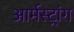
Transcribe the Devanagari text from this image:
आर्मस्‍ट्रांग